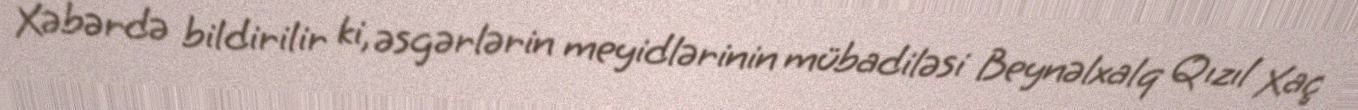
Xəbərdə bildirilir ki, əsgərlərin meyidlərinin mübadiləsi Beynəlxalq Qızıl Xaç